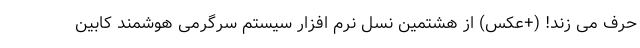
حرف می زند! (+عکس) از هشتمین نسل نرم افزار سیستم سرگرمی هوشمند کابین